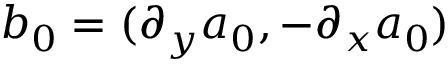
\boldsymbol { b } _ { 0 } = ( \partial _ { y } a _ { 0 } , - \partial _ { x } a _ { 0 } )